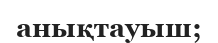
анықтауыш;